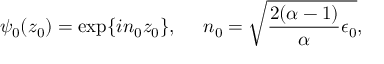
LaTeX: \psi _ { 0 } ( z _ { 0 } ) = \exp \{ i n _ { 0 } z _ { 0 } \} , ~ ~ ~ ~ n _ { 0 } = \sqrt { { \frac { 2 ( \alpha - 1 ) } { \alpha } } \epsilon _ { 0 } } ,